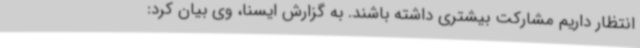
انتظار داریم مشارکت بیشتری داشته باشند. به گزارش ایسنا، وی بیان کرد: